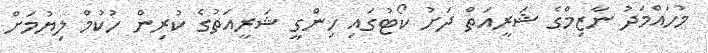
މުހައްމަދު ނާޒިމްގެ ޝަރީއަތް ދަށު ކޯޓުގައި ހިންގީ ޝަރީއަތުގެ ކުރިން ހުކުމް ލިޔުމަށް